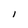
Character: l